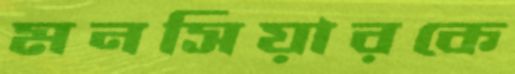
মনসিয়ারকে